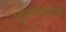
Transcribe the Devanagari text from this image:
घूमनेवालों